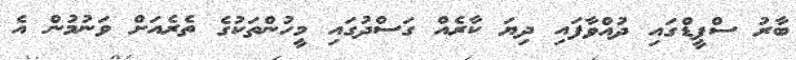
ބާރު ސްޕީޑްގައި ދުއްވާފައި ދިޔަ ކާރެއް ގަސްދުގައި މީހުންތަކުގެ ތެރެއަށް ވަނުމުން އެ